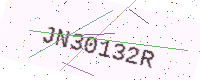
Text: JN30132R